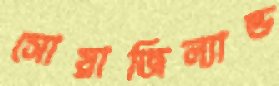
সোয়াজিল্যান্ড